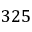
3 2 5